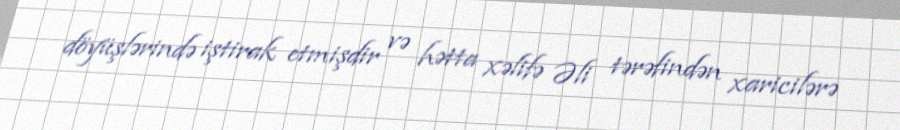
döyüşlərində iştirak etmişdir və hətta xəlifə Əli tərəfindən xaricilərə